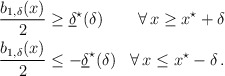
\begin{align*} \begin{aligned}\dfrac{b_{1,\delta}(x)}{2} &\geq \underline{\delta}^\star (\delta) &\forall \, x \geq x^\star + \delta\\\dfrac{b_{1,\delta}(x)}{2} &\leq - \underline{\delta}^\star (\delta) &\forall \, x \leq x^\star - \delta\,.\end{aligned} \end{align*}